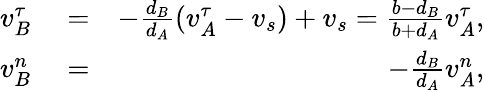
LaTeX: \begin{array}{rlr}{v_{B}^{\tau}}&{{}=}&{-\frac{d_{B}}{d_{A}}(v_{A}^{\tau}-v_{s})+v_{s}=\frac{b-d_{B}}{b+d_{A}}v_{A}^{\tau},}\\ {v_{B}^{n}}&{{}=}&{-\frac{d_{B}}{d_{A}}v_{A}^{n},}\end{array}